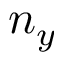
n _ { y }